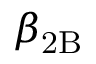
\beta _ { \mathrm { 2 B } }